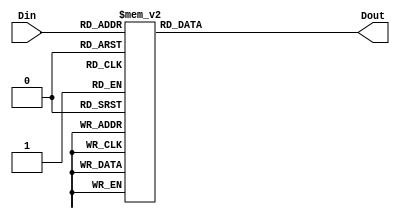
module seven_seg(Din, Dout);
input [3:0] Din;
output reg [6:0] Dout;

always@(Din)
begin
	case(Din)
		4'b0000: Dout = ~7'b0111111;
		4'b0001: Dout = ~7'b0000110;
		4'b0010: Dout = ~7'b1011011;
		4'b0011: Dout = ~7'b1001111;
		4'b0100: Dout = ~7'b1100110;
		4'b0101: Dout = ~7'b1101101;
		4'b0110: Dout = ~7'b1111101;
		4'b0111: Dout = ~7'b0000111;
		4'b1000: Dout = ~7'b1111111;
		4'b1001: Dout = ~7'b1101111;
		4'b1010: Dout = ~7'b1110111;
		4'b1011: Dout = ~7'b1111100;
		4'b1100: Dout = ~7'b0111001;
		4'b1101: Dout = ~7'b1011110;
		4'b1110: Dout = ~7'b1111001;
		4'b1111: Dout = ~7'b1110001;
	endcase
end

endmodule